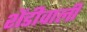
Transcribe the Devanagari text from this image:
शेंडीवाली